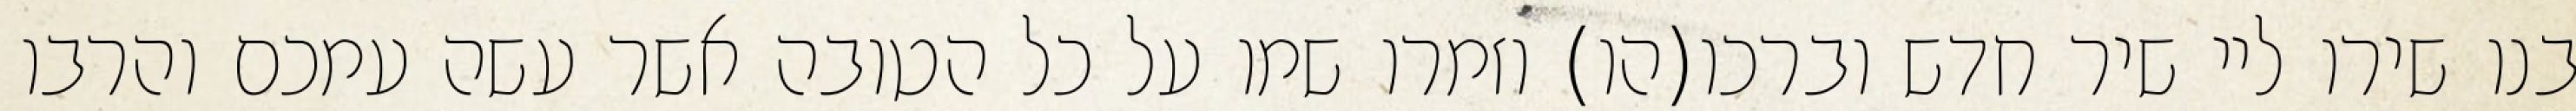
בנו שירו ליי שיר חדש וברכו(הו) וזמרו שמו על כל הטובה אשר עשה עמכם והרבו